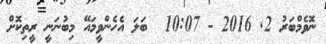
ނޮވެމްބަރު 2